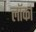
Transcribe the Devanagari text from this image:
लॉर्का